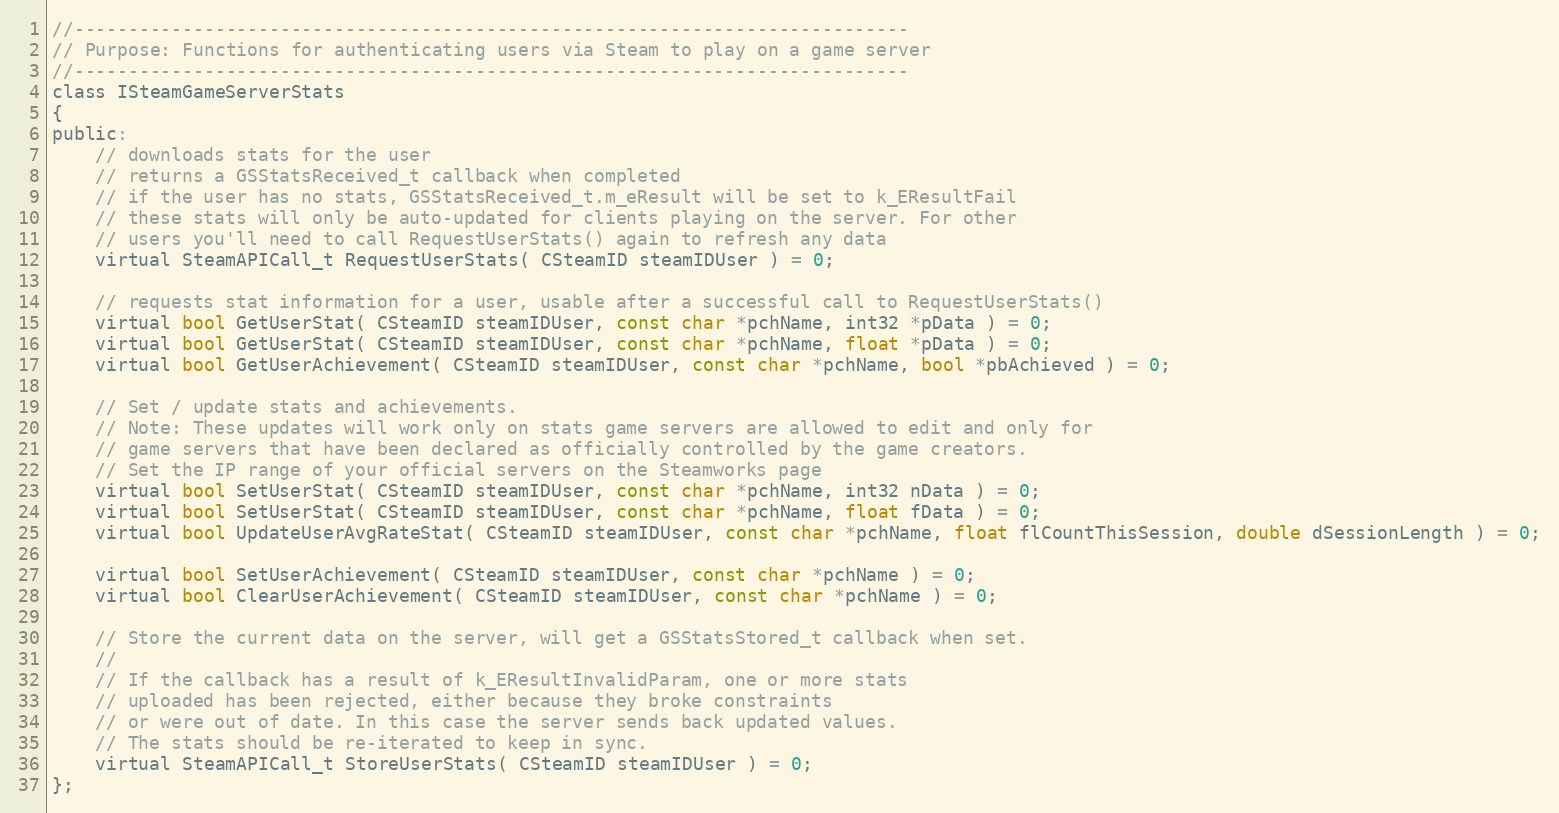
Language: C
//-----------------------------------------------------------------------------
// Purpose: Functions for authenticating users via Steam to play on a game server
//-----------------------------------------------------------------------------
class ISteamGameServerStats
{
public:
	// downloads stats for the user
	// returns a GSStatsReceived_t callback when completed
	// if the user has no stats, GSStatsReceived_t.m_eResult will be set to k_EResultFail
	// these stats will only be auto-updated for clients playing on the server. For other
	// users you'll need to call RequestUserStats() again to refresh any data
	virtual SteamAPICall_t RequestUserStats( CSteamID steamIDUser ) = 0;

	// requests stat information for a user, usable after a successful call to RequestUserStats()
	virtual bool GetUserStat( CSteamID steamIDUser, const char *pchName, int32 *pData ) = 0;
	virtual bool GetUserStat( CSteamID steamIDUser, const char *pchName, float *pData ) = 0;
	virtual bool GetUserAchievement( CSteamID steamIDUser, const char *pchName, bool *pbAchieved ) = 0;

	// Set / update stats and achievements.
	// Note: These updates will work only on stats game servers are allowed to edit and only for
	// game servers that have been declared as officially controlled by the game creators.
	// Set the IP range of your official servers on the Steamworks page
	virtual bool SetUserStat( CSteamID steamIDUser, const char *pchName, int32 nData ) = 0;
	virtual bool SetUserStat( CSteamID steamIDUser, const char *pchName, float fData ) = 0;
	virtual bool UpdateUserAvgRateStat( CSteamID steamIDUser, const char *pchName, float flCountThisSession, double dSessionLength ) = 0;

	virtual bool SetUserAchievement( CSteamID steamIDUser, const char *pchName ) = 0;
	virtual bool ClearUserAchievement( CSteamID steamIDUser, const char *pchName ) = 0;

	// Store the current data on the server, will get a GSStatsStored_t callback when set.
	//
	// If the callback has a result of k_EResultInvalidParam, one or more stats
	// uploaded has been rejected, either because they broke constraints
	// or were out of date. In this case the server sends back updated values.
	// The stats should be re-iterated to keep in sync.
	virtual SteamAPICall_t StoreUserStats( CSteamID steamIDUser ) = 0;
};